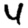
Digit: 4